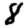
Digit: 8